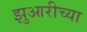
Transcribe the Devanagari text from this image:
झुआरीच्या